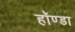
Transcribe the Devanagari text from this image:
हॉण्डा